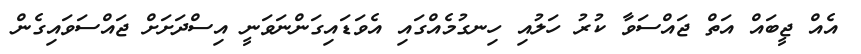
އެއް ޖީބައް އަތް ޖައްސަވާ ކުރު ހަލުއި ހިނގުމެއްގައި އެވަޑައިގަންނަވަނީ އިސްދަށަށް ޖައްސަވައިގެން